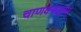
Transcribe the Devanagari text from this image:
चाणक्यसूत्रम्